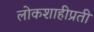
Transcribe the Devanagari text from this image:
लोकशाहीप्रती